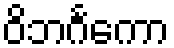
ဝိဘင်္ဂကော